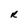
Character: R